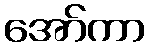
အော်ကာ